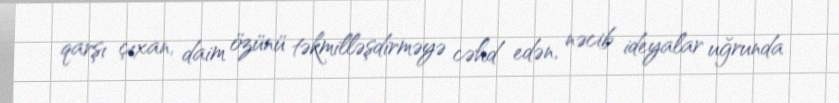
qarşı çıxan, daim özünü təkmilləşdirməyə cəhd edən, nəcib ideyalar uğrunda